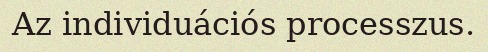
Az individuációs processzus.